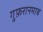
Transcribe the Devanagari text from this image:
गुफ़रानमाब